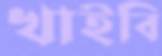
খাইবি